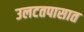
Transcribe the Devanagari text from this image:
उलटतपासात